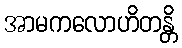
အာမကလောဟိတန္တိ